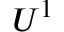
U ^ { 1 }